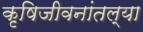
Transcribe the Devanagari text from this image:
कृषिजीवनांतल्या